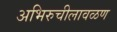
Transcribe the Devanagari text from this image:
अभिरुचीलावळण